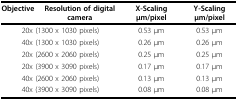
<table><thead><tr><td><b>Objective</b></td><td><b>Resolution of digital camera</b></td><td><b>X-Scaling μm/pixel</b></td><td><b>Y-Scaling μm/pixel</b></td></tr></thead><tbody><tr><td colspan="2">20x (1300 x 1030 pixels)</td><td>0.53 μm</td><td>0.53 μm</td></tr><tr><td colspan="2">40x (1300 x 1030 pixels)</td><td>0.26 μm</td><td>0.26 μm</td></tr><tr><td colspan="2">20x (2600 x 2060 pixels)</td><td>0.25 μm</td><td>0.25 μm</td></tr><tr><td colspan="2">20x (3900 x 3090 pixels)</td><td>0.17 μm</td><td>0.17 μm</td></tr><tr><td colspan="2">40x (2600 x 2060 pixels)</td><td>0.13 μm</td><td>0.13 μm</td></tr><tr><td colspan="2">40x (3900 x 3090 pixels)</td><td>0.08 μm</td><td>0.08 μm</td></tr></tbody></table>